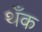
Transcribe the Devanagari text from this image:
थँक